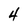
Character: 4